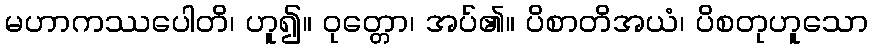
မဟာကဿပေါတိ၊ ဟူ၍။ ဝုတ္တော၊ အပ်၏။ ပိစာတိအယံ၊ ပိစတုဟူသော